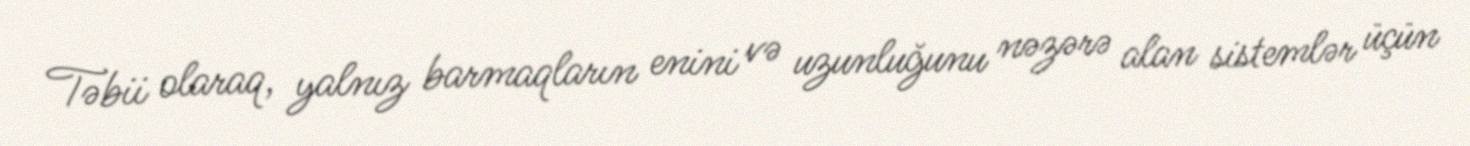
Təbii olaraq, yalnız barmaqların enini və uzunluğunu nəzərə alan sistemlər üçün